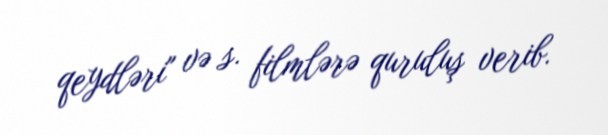
qeydləri" və s. filmlərə quruluş verib.